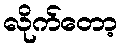
လိုက်တော့